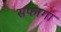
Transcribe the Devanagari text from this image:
सफागा